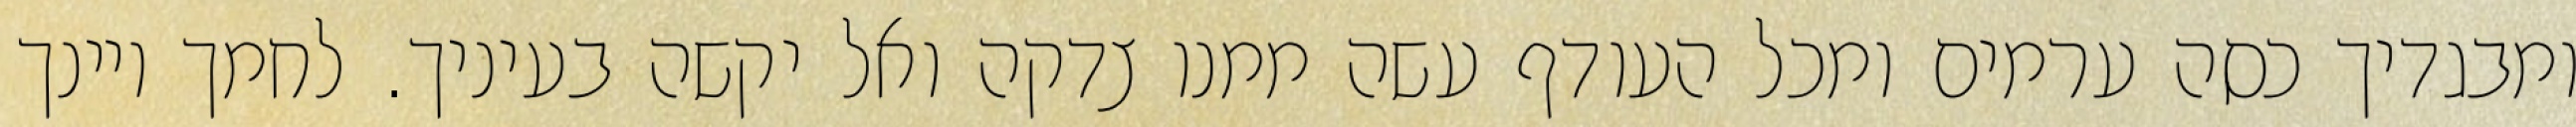
ומבגדיך כסה ערמים ומכל העודף עשה ממנו צדקה ואל יקשה בעיניך. לחמך ויינך